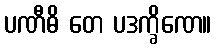
ပဏီဓိ တေ ပဒက္ခိဏေ။